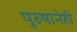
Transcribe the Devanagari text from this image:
पुरुषानेही